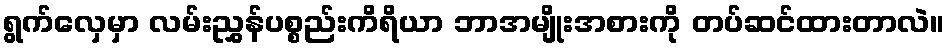
ရွက်လှေမှာ လမ်းညွှန်ပစ္စည်းကိရိယာ ဘာအမျိုးအစားကို တပ်ဆင်ထားတာလဲ။